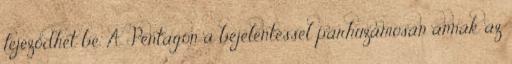
fejeződhet be. A Pentagon a bejelentéssel párhuzamosan annak az